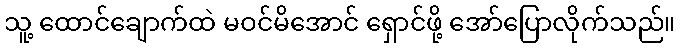
သူ့ ထောင်ချောက်ထဲ မဝင်မိအောင် ရှောင်ဖို့ အော်ပြောလိုက်သည်။